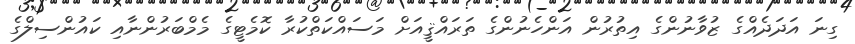
ގިނަ އަދަދެއްގެ ޒުވާނުންގެ އިތުރުން އަންހެނުންގެ ތަރައްޤީއަށް މަސައްކަތްކުރާ ކޮމެޓީގެ މެމްބަރުންނާއި ކައުންސިލްގެ